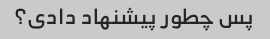
پس چطور پیشنهاد دادی؟